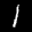
Label: 1